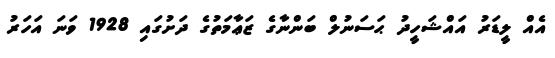
އެއް ލީޑަރު އައްޝަހީދު ޙަސަނުލް ބަންނާގެ ޒަޢާމަތުގެ ދަށުގައި 1928 ވަނަ އަހަރު